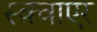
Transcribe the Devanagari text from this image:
स्क़्वाएर